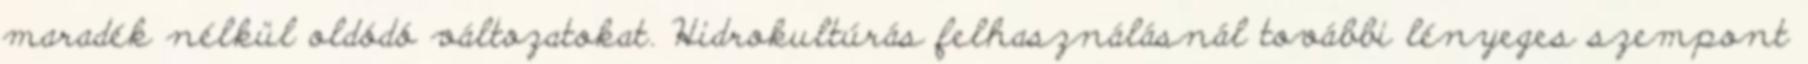
maradék nélkül oldódó változatokat. Hidrokultúrás felhasználásnál további lényeges szempont